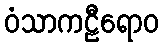
ဝံသာကဠီရောဝ